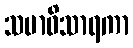
သမာဓိသာရကာ